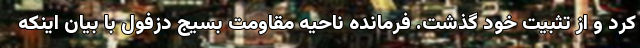
کرد و از تثبیت خود گذشت. فرمانده ناحیه مقاومت بسیج دزفول با بیان اینکه